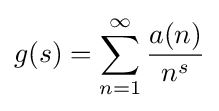
g(s)=\sum _{n=1}^{\infty }{\frac {a(n)}{n^{s}}}